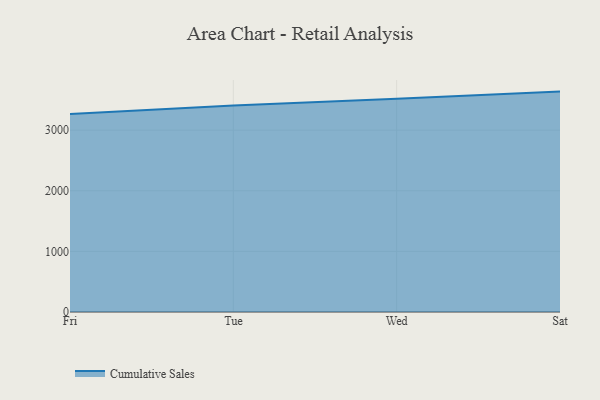
{"axis": {"x": "Day", "y": "Budget (USD K)"}, "legend": ["Cumulative Sales"], "data": [{"x": "Fri", "y": 3265.0, "type": "Cumulative Sales"}, {"x": "Tue", "y": 3407.6, "type": "Cumulative Sales"}, {"x": "Wed", "y": 3517.5, "type": "Cumulative Sales"}, {"x": "Sat", "y": 3636.1, "type": "Cumulative Sales"}]}